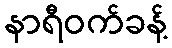
နာရီဝက်ခန့်